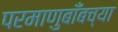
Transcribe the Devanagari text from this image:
परमाणुबाँबच्या